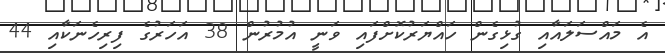
އެ މައްސަލައާއި ގުޅިގެން ހައްޔަރުކޮށްފައި ވަނީ އުމުރުން 38 އަހަރުގެ ފިރިހެނަކާއި 44